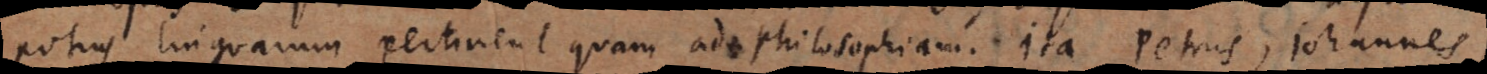
potius linguarum pertinent quam ad philosophiam. Ita Petrus, Johannes,